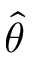
\hat { \theta }